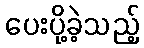
ပေးပို့ခဲ့သည့်